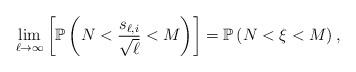
LaTeX: \begin{align*}\lim_{\ell \to \infty} \left[ \mathbb{P}\left( N<\frac{s_{\ell,i}}{\sqrt{\ell}}< M \right) \right]= \mathbb{P}\left( N < \xi < M \right),\end{align*}